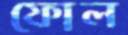
ফোল